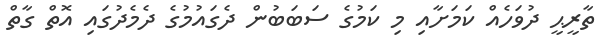
ތާރީޙީ ދުވަހެއް ކަމަށާއި މި ކަމުގެ ސަބަބުން ދެގައުމުގެ ދެމެދުގައި އޮތް ގާތް